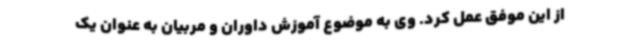
از این موفق عمل کرد. وی به موضوع آموزش داوران و مربیان به عنوان یک